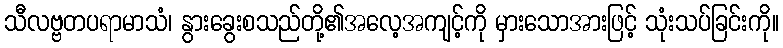
သီလဗ္ဗတပရာမာသံ၊ နွားခွေးစသည်တို့၏အလေ့အကျင့်ကို မှားသောအားဖြင့် သုံးသပ်ခြင်းကို။